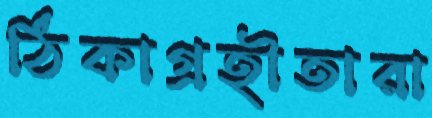
ঠিকাগ্রহীতারা